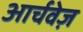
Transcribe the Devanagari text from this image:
आर्चवेज़